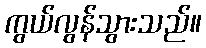
ကွယ်လွန်သွားသည်။